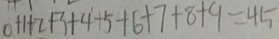
0 + 1 + 2 + 3 + 4 + 5 + 6 + 7 + 8 + 9 = 4 5